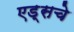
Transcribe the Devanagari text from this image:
एड्‌सचे